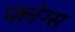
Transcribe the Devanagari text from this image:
फ्लेग्स